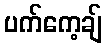
ပက်ကေ့ချ်